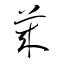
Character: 莱